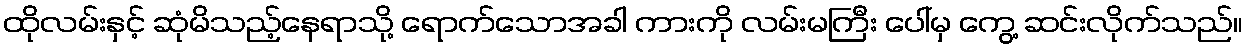
ထိုလမ်းနှင့် ဆုံမိသည့်နေရာသို့ ရောက်သောအခါ ကားကို လမ်းမကြီး ပေါ်မှ ကွေ့ ဆင်းလိုက်သည်။